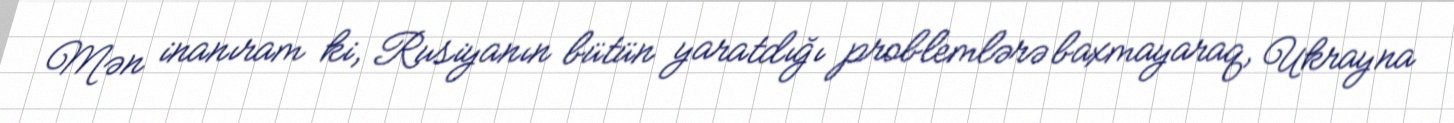
Mən inanıram ki, Rusiyanın bütün yaratdığı problemlərə baxmayaraq, Ukrayna